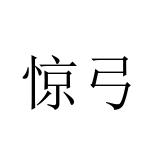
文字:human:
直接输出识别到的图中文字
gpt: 惊弓